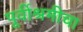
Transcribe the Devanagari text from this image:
पूर्वीश्रमीचा